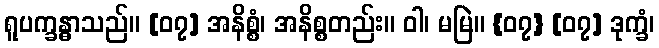
ရူပက္ခန္ဓာသည်။ [၀၇] အနိစ္စံ၊ အနိစ္စတည်း။ ဝါ၊ မမြဲ။ {၀၇} [၀၇] ဒုက္ခံ၊